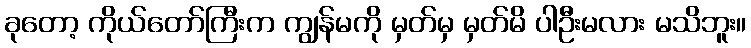
ခုတော့ ကိုယ်တော်ကြီးက ကျွန်မကို မှတ်မှ မှတ်မိ ပါဦးမလား မသိဘူး။